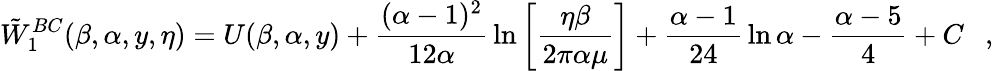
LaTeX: \tilde{W}_{1}^{BC}(\beta,\alpha,y,\eta)=U(\beta,\alpha,y)+{\frac{(\alpha-1)^{2}}{12\alpha}}\ln\left[{\frac{\eta\beta}{2\pi\alpha\mu}}\right]+{\frac{\alpha-1}{24}}\ln\alpha-{\frac{\alpha-5}{4}}+C~~~,